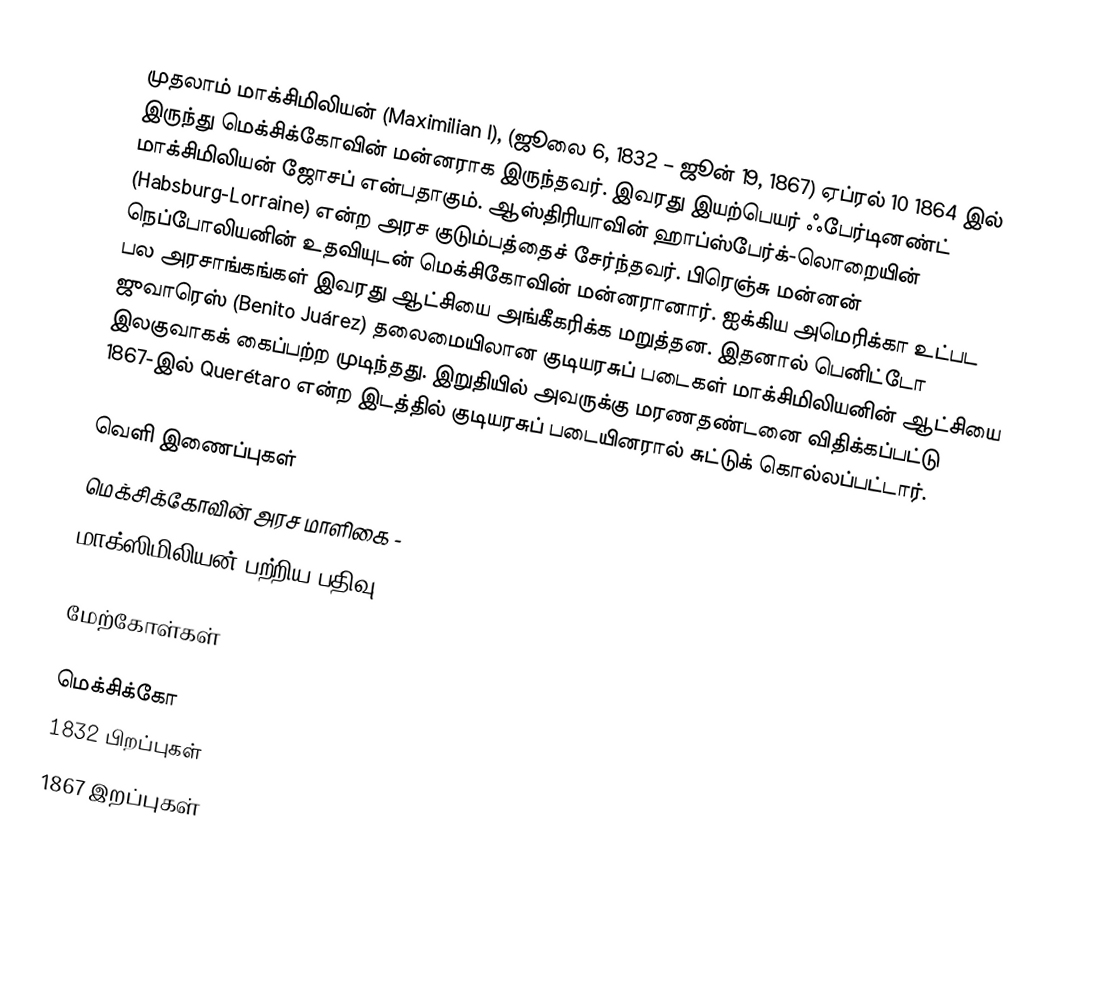
முதலாம் மாக்சிமிலியன் (Maximilian I), (ஜூலை 6, 1832 – ஜூன் 19, 1867) ஏப்ரல் 10 1864 இல் இருந்து மெக்சிக்கோவின் மன்னராக இருந்தவர். இவரது இயற்பெயர் ஃபேர்டினண்ட் மாக்சிமிலியன் ஜோசப் என்பதாகும். ஆஸ்திரியாவின் ஹாப்ஸ்பேர்க்-லொறையின் (Habsburg-Lorraine) என்ற அரச குடும்பத்தைச் சேர்ந்தவர். பிரெஞ்சு மன்னன் நெப்போலியனின் உதவியுடன் மெக்சிகோவின் மன்னரானார். ஐக்கிய அமெரிக்கா உட்பட பல அரசாங்கங்கள் இவரது ஆட்சியை அங்கீகரிக்க மறுத்தன. இதனால் பெனிட்டோ ஜுவாரெஸ் (Benito Juárez) தலைமையிலான குடியரசுப் படைகள் மாக்சிமிலியனின் ஆட்சியை இலகுவாகக் கைப்பற்ற முடிந்தது. இறுதியில் அவருக்கு மரணதண்டனை விதிக்கப்பட்டு 1867-இல் Querétaro என்ற இடத்தில் குடியரசுப் படையினரால் சுட்டுக் கொல்லப்பட்டார்.

வெளி இணைப்புகள்
 மெக்சிக்கோவின் அரச மாளிகை -
 மாக்ஸிமிலியன் பற்றிய பதிவு -

மேற்கோள்கள்

மெக்சிக்கோ
1832 பிறப்புகள்
1867 இறப்புகள்